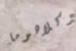
أوكلاهوما